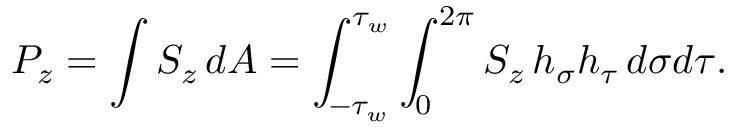
P _ { z } = \int { S _ { z } \, d A } = \int _ { - \tau _ { w } } ^ { \tau _ { w } } \int _ { 0 } ^ { 2 \pi } S _ { z } \, h _ { \sigma } h _ { \tau } \, d \sigma d \tau .